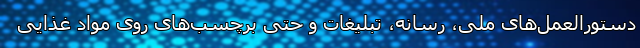
دستورالعمل‌های ملی، رسانه، تبلیغات و حتی برچسب‌های روی مواد غذایی